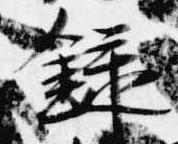
録